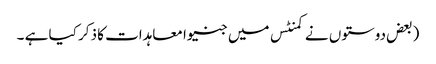
(بعض دوستوں نے کمنٹس میں جنیوا معاہدات کا ذکر کیا ہے ۔